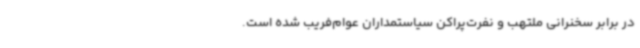
در برابر سخنرانی ملتهب و نفرت‌پراکن سیاستمداران عوام‌فریب‌ شده است.